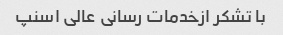
با تشکر ازخدمات رسانی عالی اسنپ